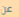
عن